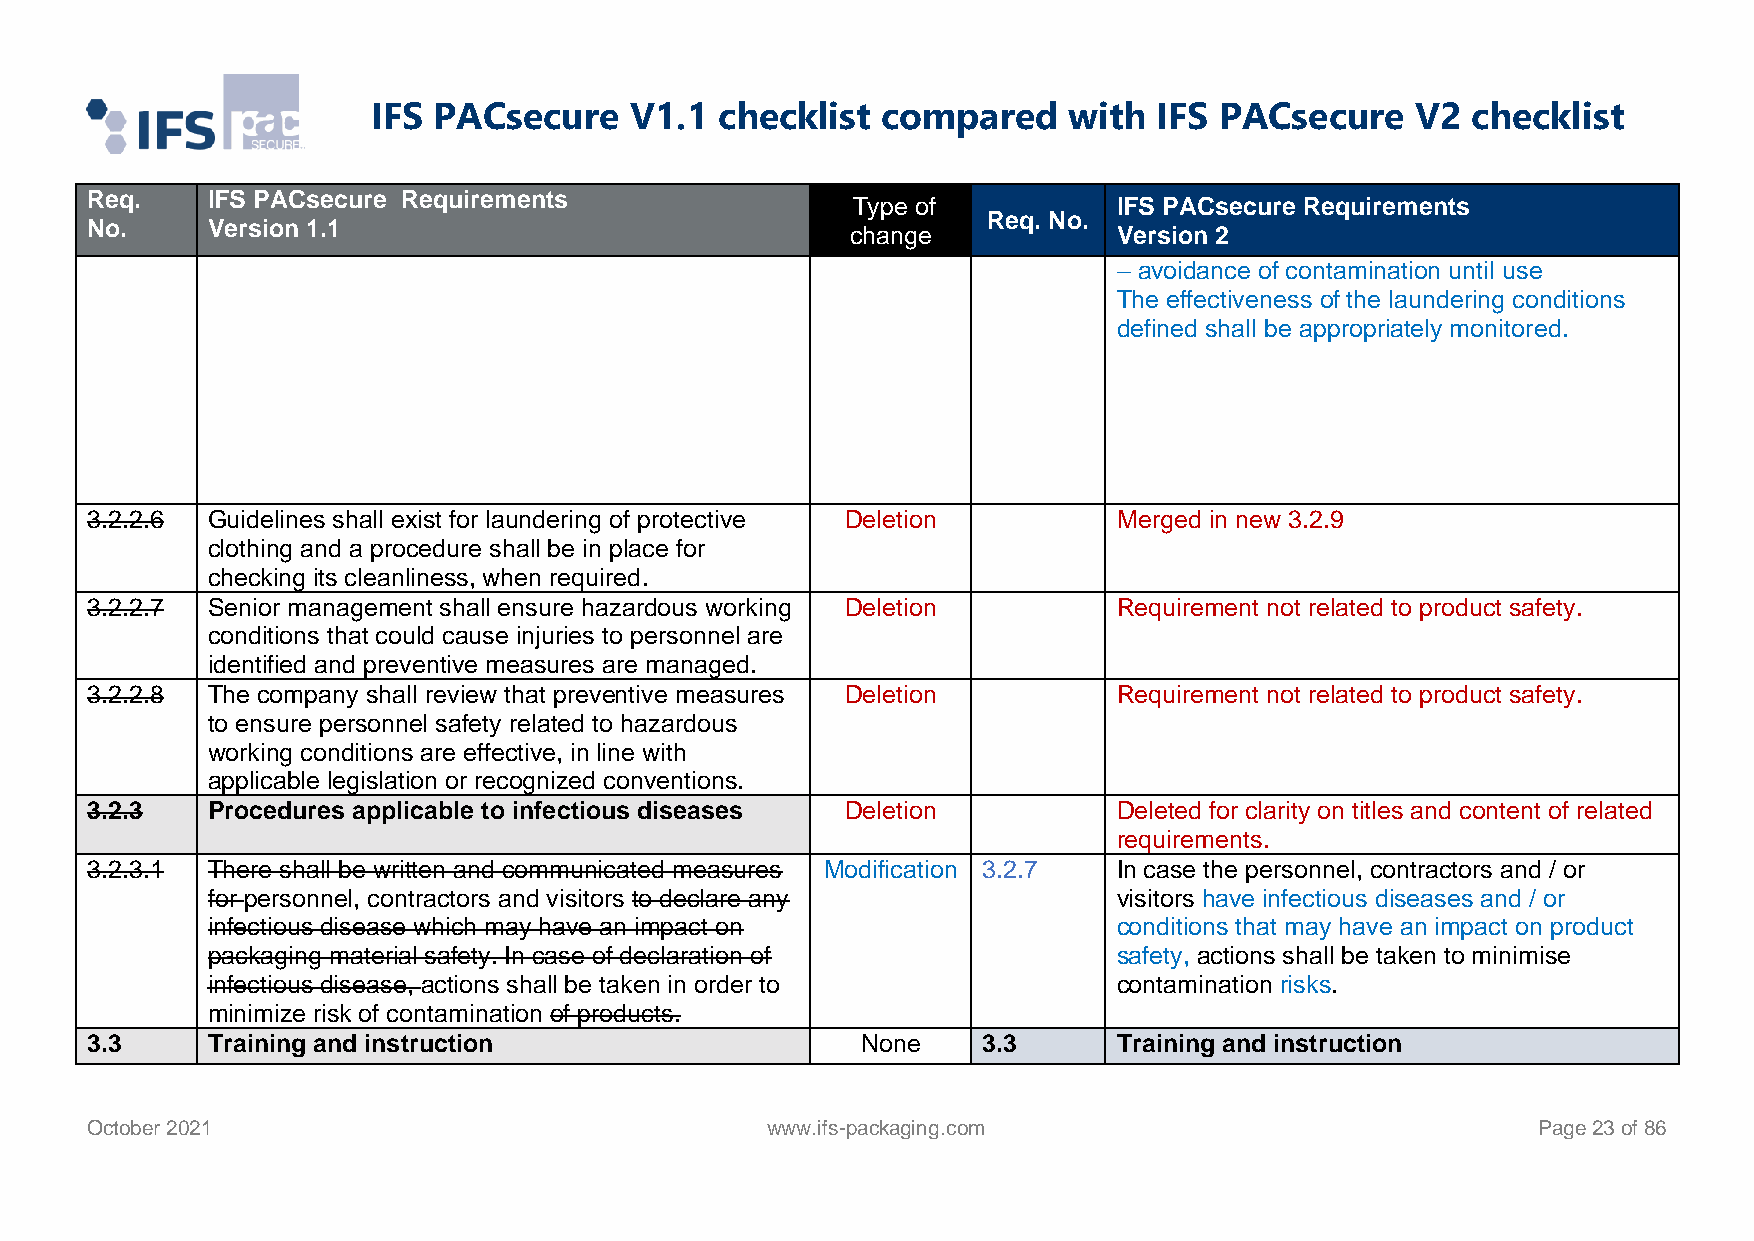
IFS PACsecure    V1.1  checklist compared     with  IFS PACsecure    V2 checklist
 Req.    IFS PACsecure Requirements
 Type of           IFS PACsecure Requirements
 Req. No.
 No.     Version 1.1                               change            Version 2
 – avoidance of contamination until use
 The effectiveness of the laundering conditions
 defined shall be appropriately monitored.
 3.2.2.6 Guidelines shall exist for laundering of protective Deletion Merged in new 3.2.9
 clothing and a procedure shall be in place for
 checking its cleanliness, when required.
 3.2.2.7 Senior management shall ensure hazardous working Deletion   Requirement not related to product safety.
 conditions that could cause injuries to personnel are
 identified and preventive measures are managed.
 3.2.2.8 The company shall review that preventive measures Deletion  Requirement not related to product safety.
 to ensure personnel safety related to hazardous
 working conditions are effective, in line with
 applicable legislation or recognized conventions.
 3.2.3   Procedures applicable to infectious diseases Deletion       Deleted for clarity on titles and content of related
 requirements.
 3.2.3.1 There shall be written and communicated measures Modification 3.2.7 In case the personnel, contractors and / or
 for personnel, contractors and visitors to declare any      visitors have infectious diseases and / or
 infectious disease which may have an impact on              conditions that may have an impact on product
 packaging material safety. In case of declaration of        safety, actions shall be taken to minimise
 infectious disease, actions shall be taken in order to      contamination risks.
 minimize risk of contamination of products.
 3.3     Training and instruction                   None    3.3      Training and instruction
 October 2021                                 www.ifs-packaging.com                              Page 23 of 86